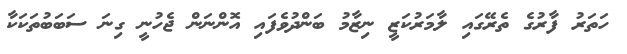
ހަތަރު ފާރުގެ ތެރޭގައި ލާމަރުކަޒީ ނިޒާމު ބަންދުވެފައި އޮންނަން ޖެހުނީ ގިނަ ސަބަބުތަކަކާ